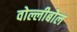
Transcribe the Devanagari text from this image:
वोल्लीबोल